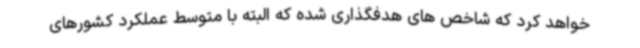
خواهد کرد که شاخص های هدفگذاری شده که البته با متوسط عملکرد کشورهای